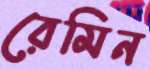
রেমিন